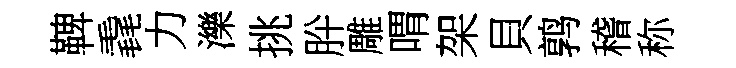
鞞毳力濼挑肸雕喟架貝鹑稽称